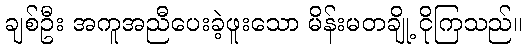
ချစ်ဦး အကူအညီပေးခဲ့ဖူးသော မိန်းမတချို့ ငိုကြသည်။